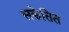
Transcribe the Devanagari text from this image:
सकेतित